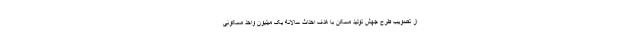
از تصویب طرح جهش تولید مسکن با هدف احداث سالانه یک میلیون واحد مسکونی